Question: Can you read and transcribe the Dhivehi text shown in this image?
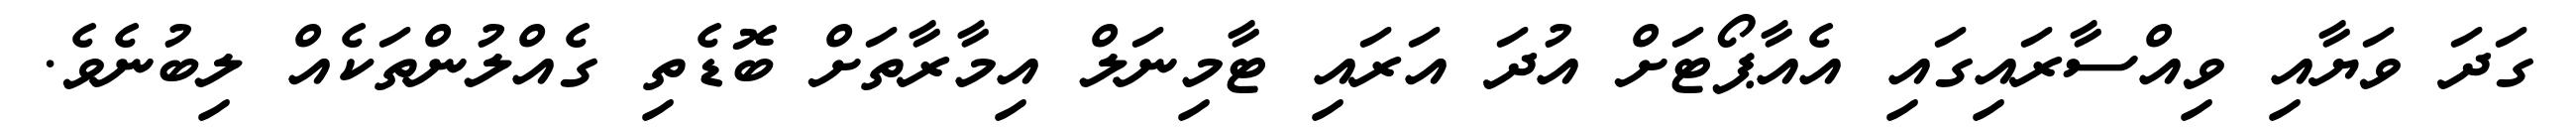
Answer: ގަދަ ވަޔާއި ވިއްސާރައިގައި އެއާޕޯޓަށް އުދަ އަރައި ޓާމިނަލް އިމާރާތަށް ބޮޑެތި ގެއްލުންތަކެއް ލިބުނެވެ.